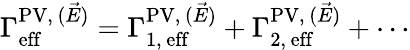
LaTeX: \Gamma_{\mathrm{eff}}^{\mathrm{PV},\, (\vec{E})}=\Gamma_{1,\, \mathrm{eff}}^{\mathrm{PV},\, (\vec{E})}+\Gamma_{2,\, \mathrm{eff}}^{\mathrm{PV},\, (\vec{E})}+\cdots